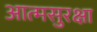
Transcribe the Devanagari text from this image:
आत्मसुरक्षा